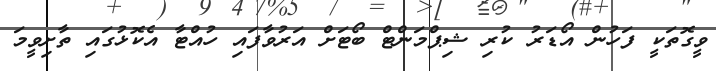
ވީގޮތަކީ ފަހުން އޯޑަރު ކުރި ޝިޕްމަންޓް ބޯޓަށް އަރުވާފައި ހުއްޓާ އެކޮޅުގައި ތާށިވީމަ